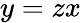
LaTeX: y=zx